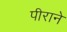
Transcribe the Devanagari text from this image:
पीराने